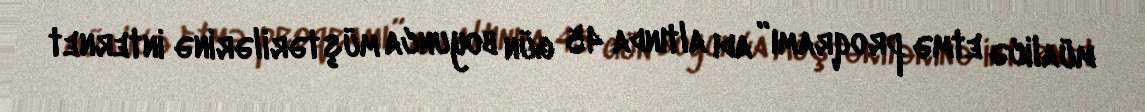
müalicə etmə proqramı” adı altında 45 gün boyunca müştərilərinə internet